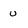
Character: u